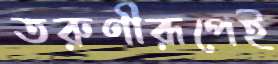
তরুণীরূপেই